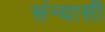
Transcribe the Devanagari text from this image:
संन्‍यासी